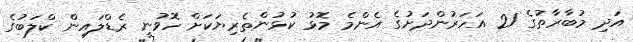
އަދި މުބާރާތުގެ 21 އަހަރުންދަށުގެ އެންމެ މޮޅު ކުޅުންތެރިޔަކަށް ހޮވުނީ ރެޑްލައިން ކްލަބުގެ